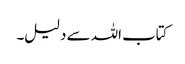
کتاب اللہ سے دلیل۔